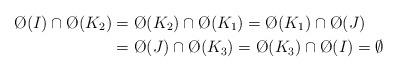
LaTeX: \begin{align*}\O(I) \cap \O(K_2) & = \O(K_2) \cap \O(K_1) = \O(K_1) \cap \O(J) \\ & = \O(J) \cap \O(K_3) = \O(K_3) \cap \O(I) = \emptyset \end{align*}